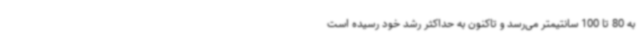
به 80 تا 100 سانتیمتر می‌رسد و تاکنون به حداکثر رشد خود رسیده است